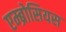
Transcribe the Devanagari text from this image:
एम्ब्रोसियस